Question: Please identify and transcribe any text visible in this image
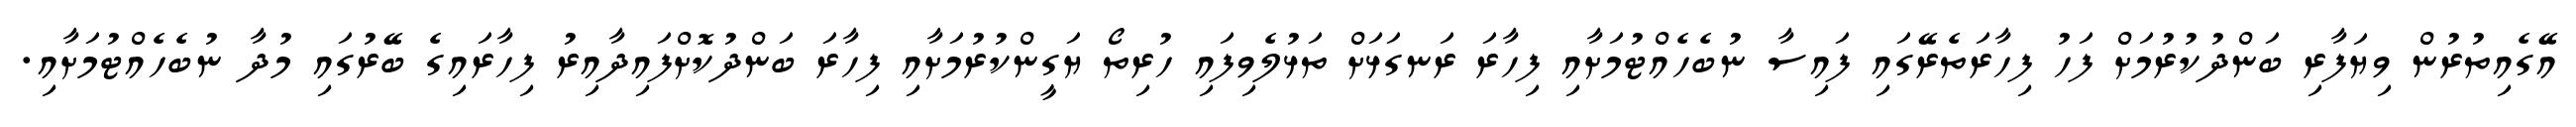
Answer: އޭގެއިތުރުން ވިޔަފާރި ބަންދުކުރުމަށް ފަހު ފިހާރަތެރޭގައި ފައިސާ ނުބެހެއްޓުމަށާއި ފިހާރަ ރަނގަޅަށް ތަޅުލެވިފައި ހުރިތޯ ޔަގީންކުރުމަށާއި ފިހާރަ ބަންދުކޮށްފައިދާއިރު ފިހާރައިގެ ބޭރުގައި މުދާ ނުބެހެއްޓުމަށާއި.